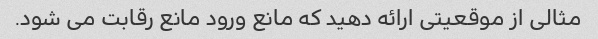
مثالی از موقعیتی ارائه دهید که مانع ورود مانع رقابت می شود.